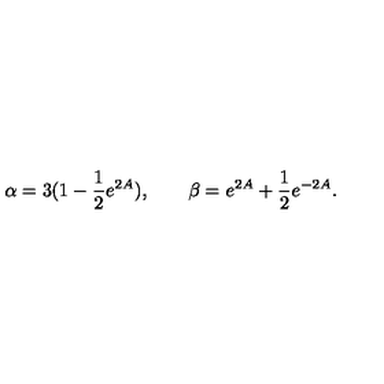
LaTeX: { \alpha = 3 ( 1 - \frac { 1 } { 2 } e ^ { 2 A } ) , \qquad \beta = e ^ { 2 A } + \frac { 1 } { 2 } e ^ { - 2 A } . }